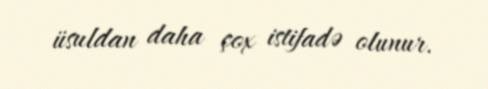
üsuldan daha çox istifadə olunur.